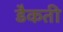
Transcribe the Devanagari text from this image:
डैकती